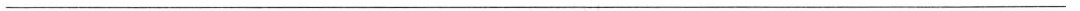
___